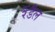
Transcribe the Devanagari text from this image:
रैंडैल